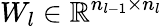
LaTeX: W_{l}\in\mathbb{R}^{n_{l-1}\times n_{l}}